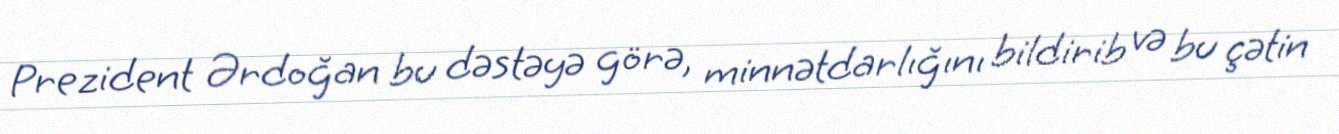
Prezident Ərdoğan bu dəstəyə görə, minnətdarlığını bildirib və bu çətin